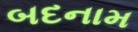
બદનામ